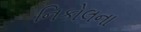
નિકોલના